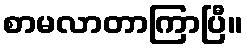
စာမလာတာကြာပြီ။